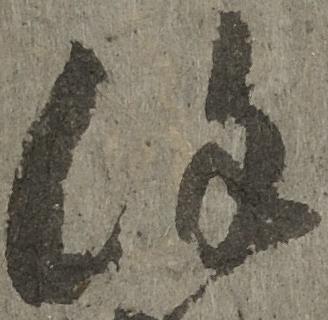
謹